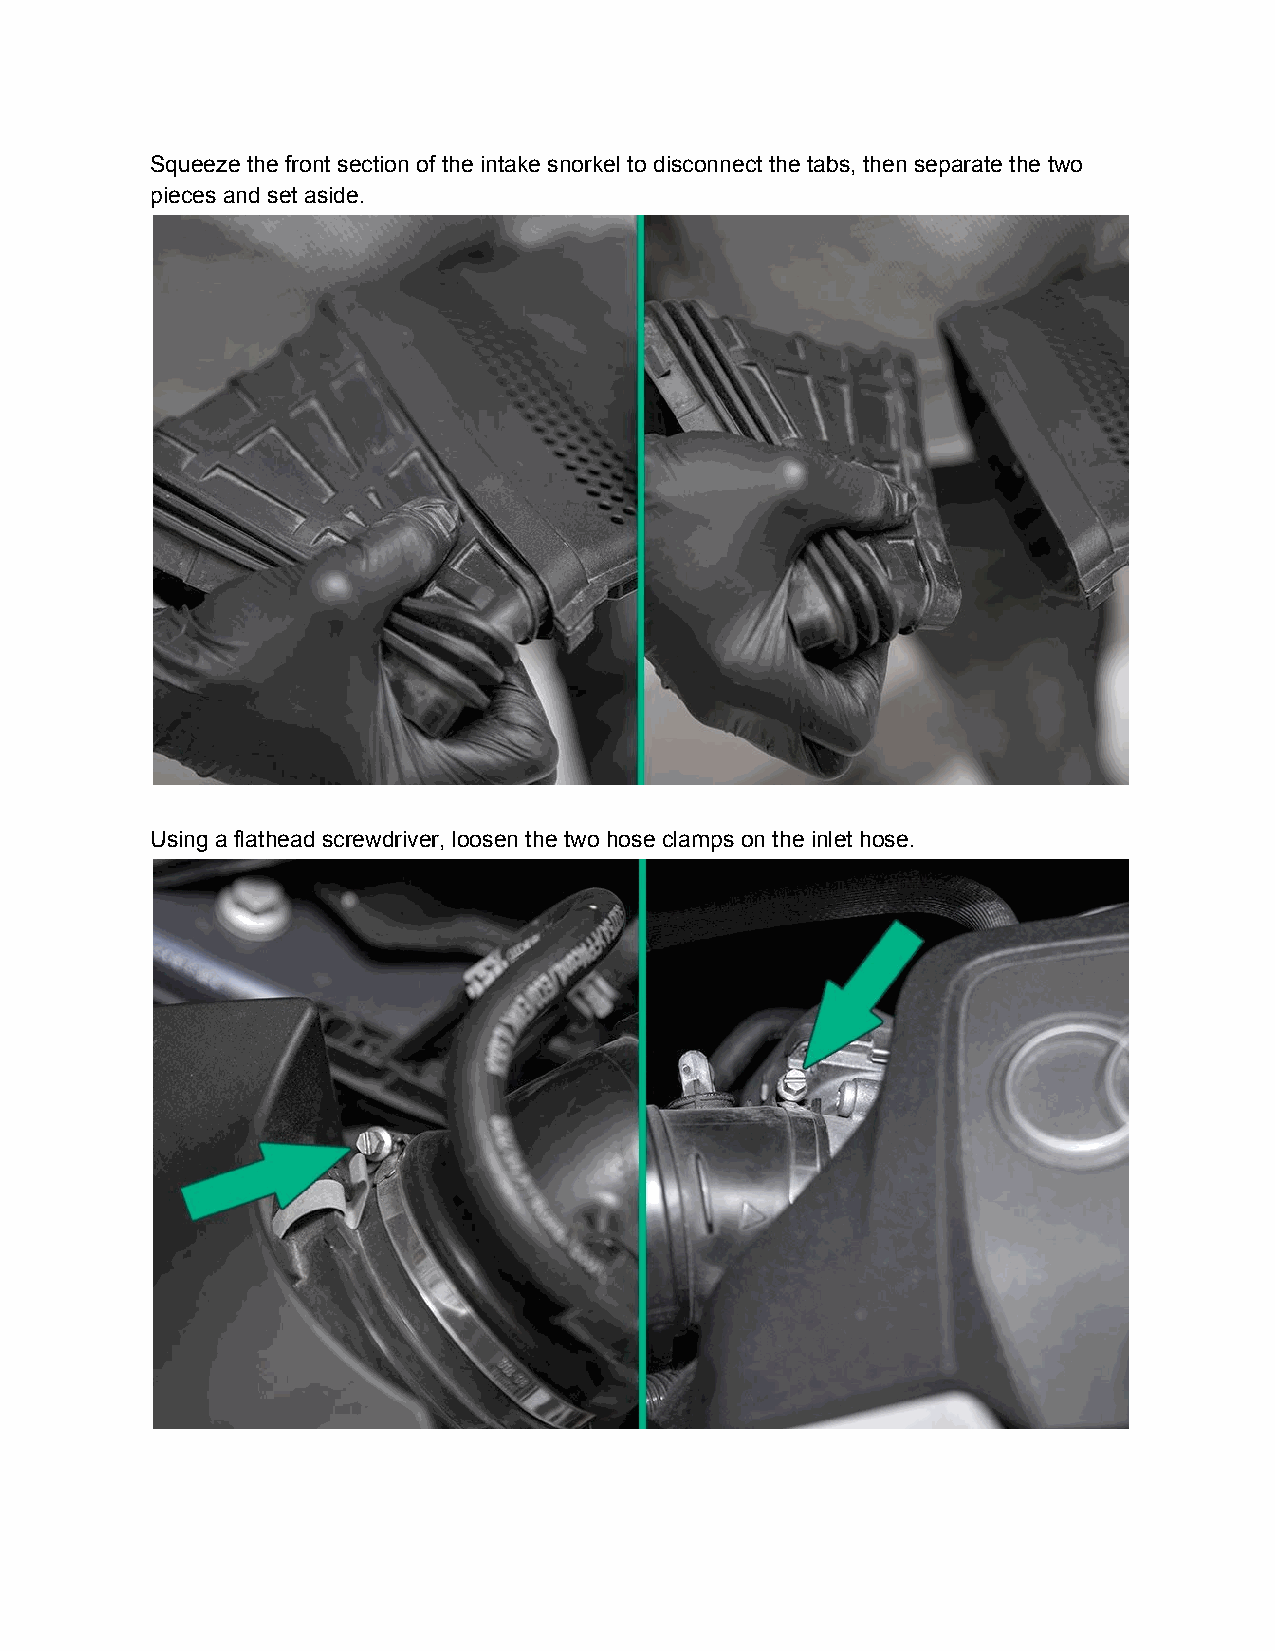
Squeeze the front section of the intake snorkel to disconnect the tabs, then separate the two
 pieces and set aside.
 Using a flathead screwdriver, loosen the two hose clamps on the inlet hose.